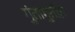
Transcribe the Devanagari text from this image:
गुंतागुंतीत